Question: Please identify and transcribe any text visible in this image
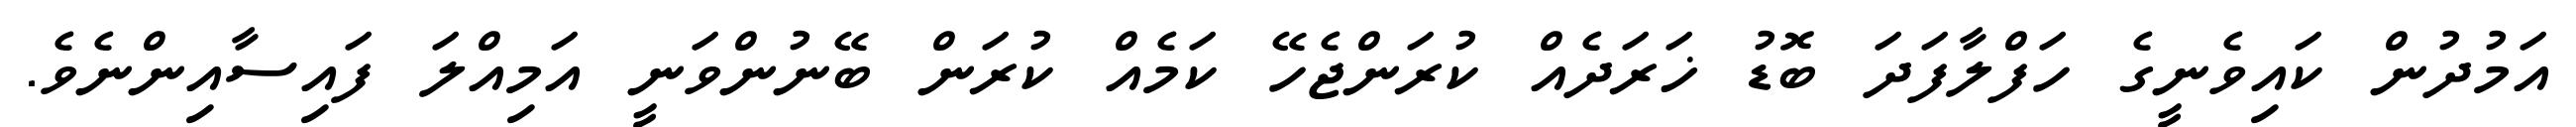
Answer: އަމުދުން ކައިވެނީގެ ހަފްލާފަދަ ބޮޑު ޚަރަދެއް ކުރަންޖެހޭ ކަމެއް ކުރަން ބޭނުންވަނީ އަމިއްލަ ފައިސާއިންނެވެ.